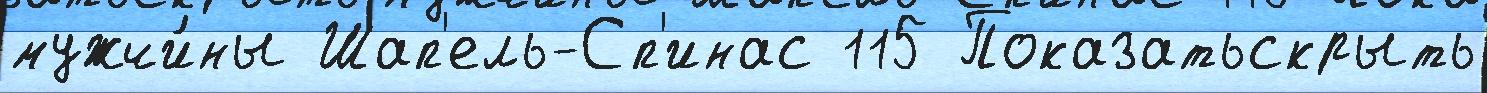
мужчи́ны Шап'ель-Сп'инас 115 Показатьскрыть